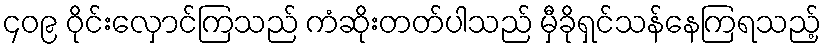
၄၀၉ ဝိုင်းလှောင်ကြသည် ကံဆိုးတတ်ပါသည် မှီခိုရှင်သန်နေကြရသည့်